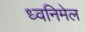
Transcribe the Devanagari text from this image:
ध्वनिमेल